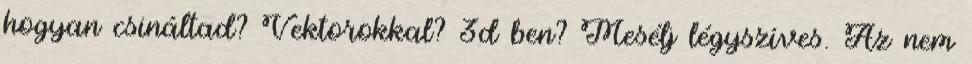
hogyan csináltad? Vektorokkal? 3d ben? Mesélj légyszíves. Az nem